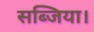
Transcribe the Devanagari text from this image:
सब्जिया।